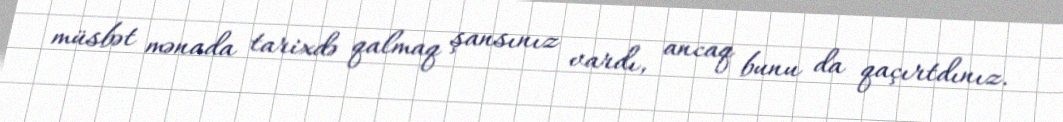
müsbət mənada tarixdə qalmaq şansınız vardı, ancaq bunu da qaçırtdınız.